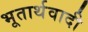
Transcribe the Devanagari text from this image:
भूतार्थवादी